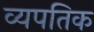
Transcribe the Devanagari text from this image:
व्यपतिक